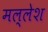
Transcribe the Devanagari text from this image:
मल्लेश